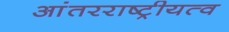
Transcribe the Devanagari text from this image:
आंतरराष्ट्रीयत्व